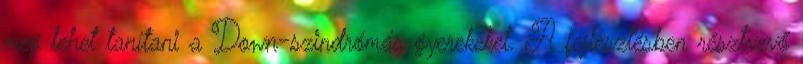
meg lehet tanítani a Down-szindrómás gyerekeket. A fejlesztésben résztvevő